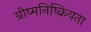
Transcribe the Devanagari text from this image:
ग्रीष्मनिष्क्रियता